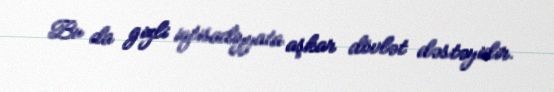
Bu da gizli iqtisadiyyata aşkar dövlət dəstəyidir.